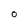
Character: o